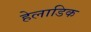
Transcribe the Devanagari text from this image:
हेलाडिक